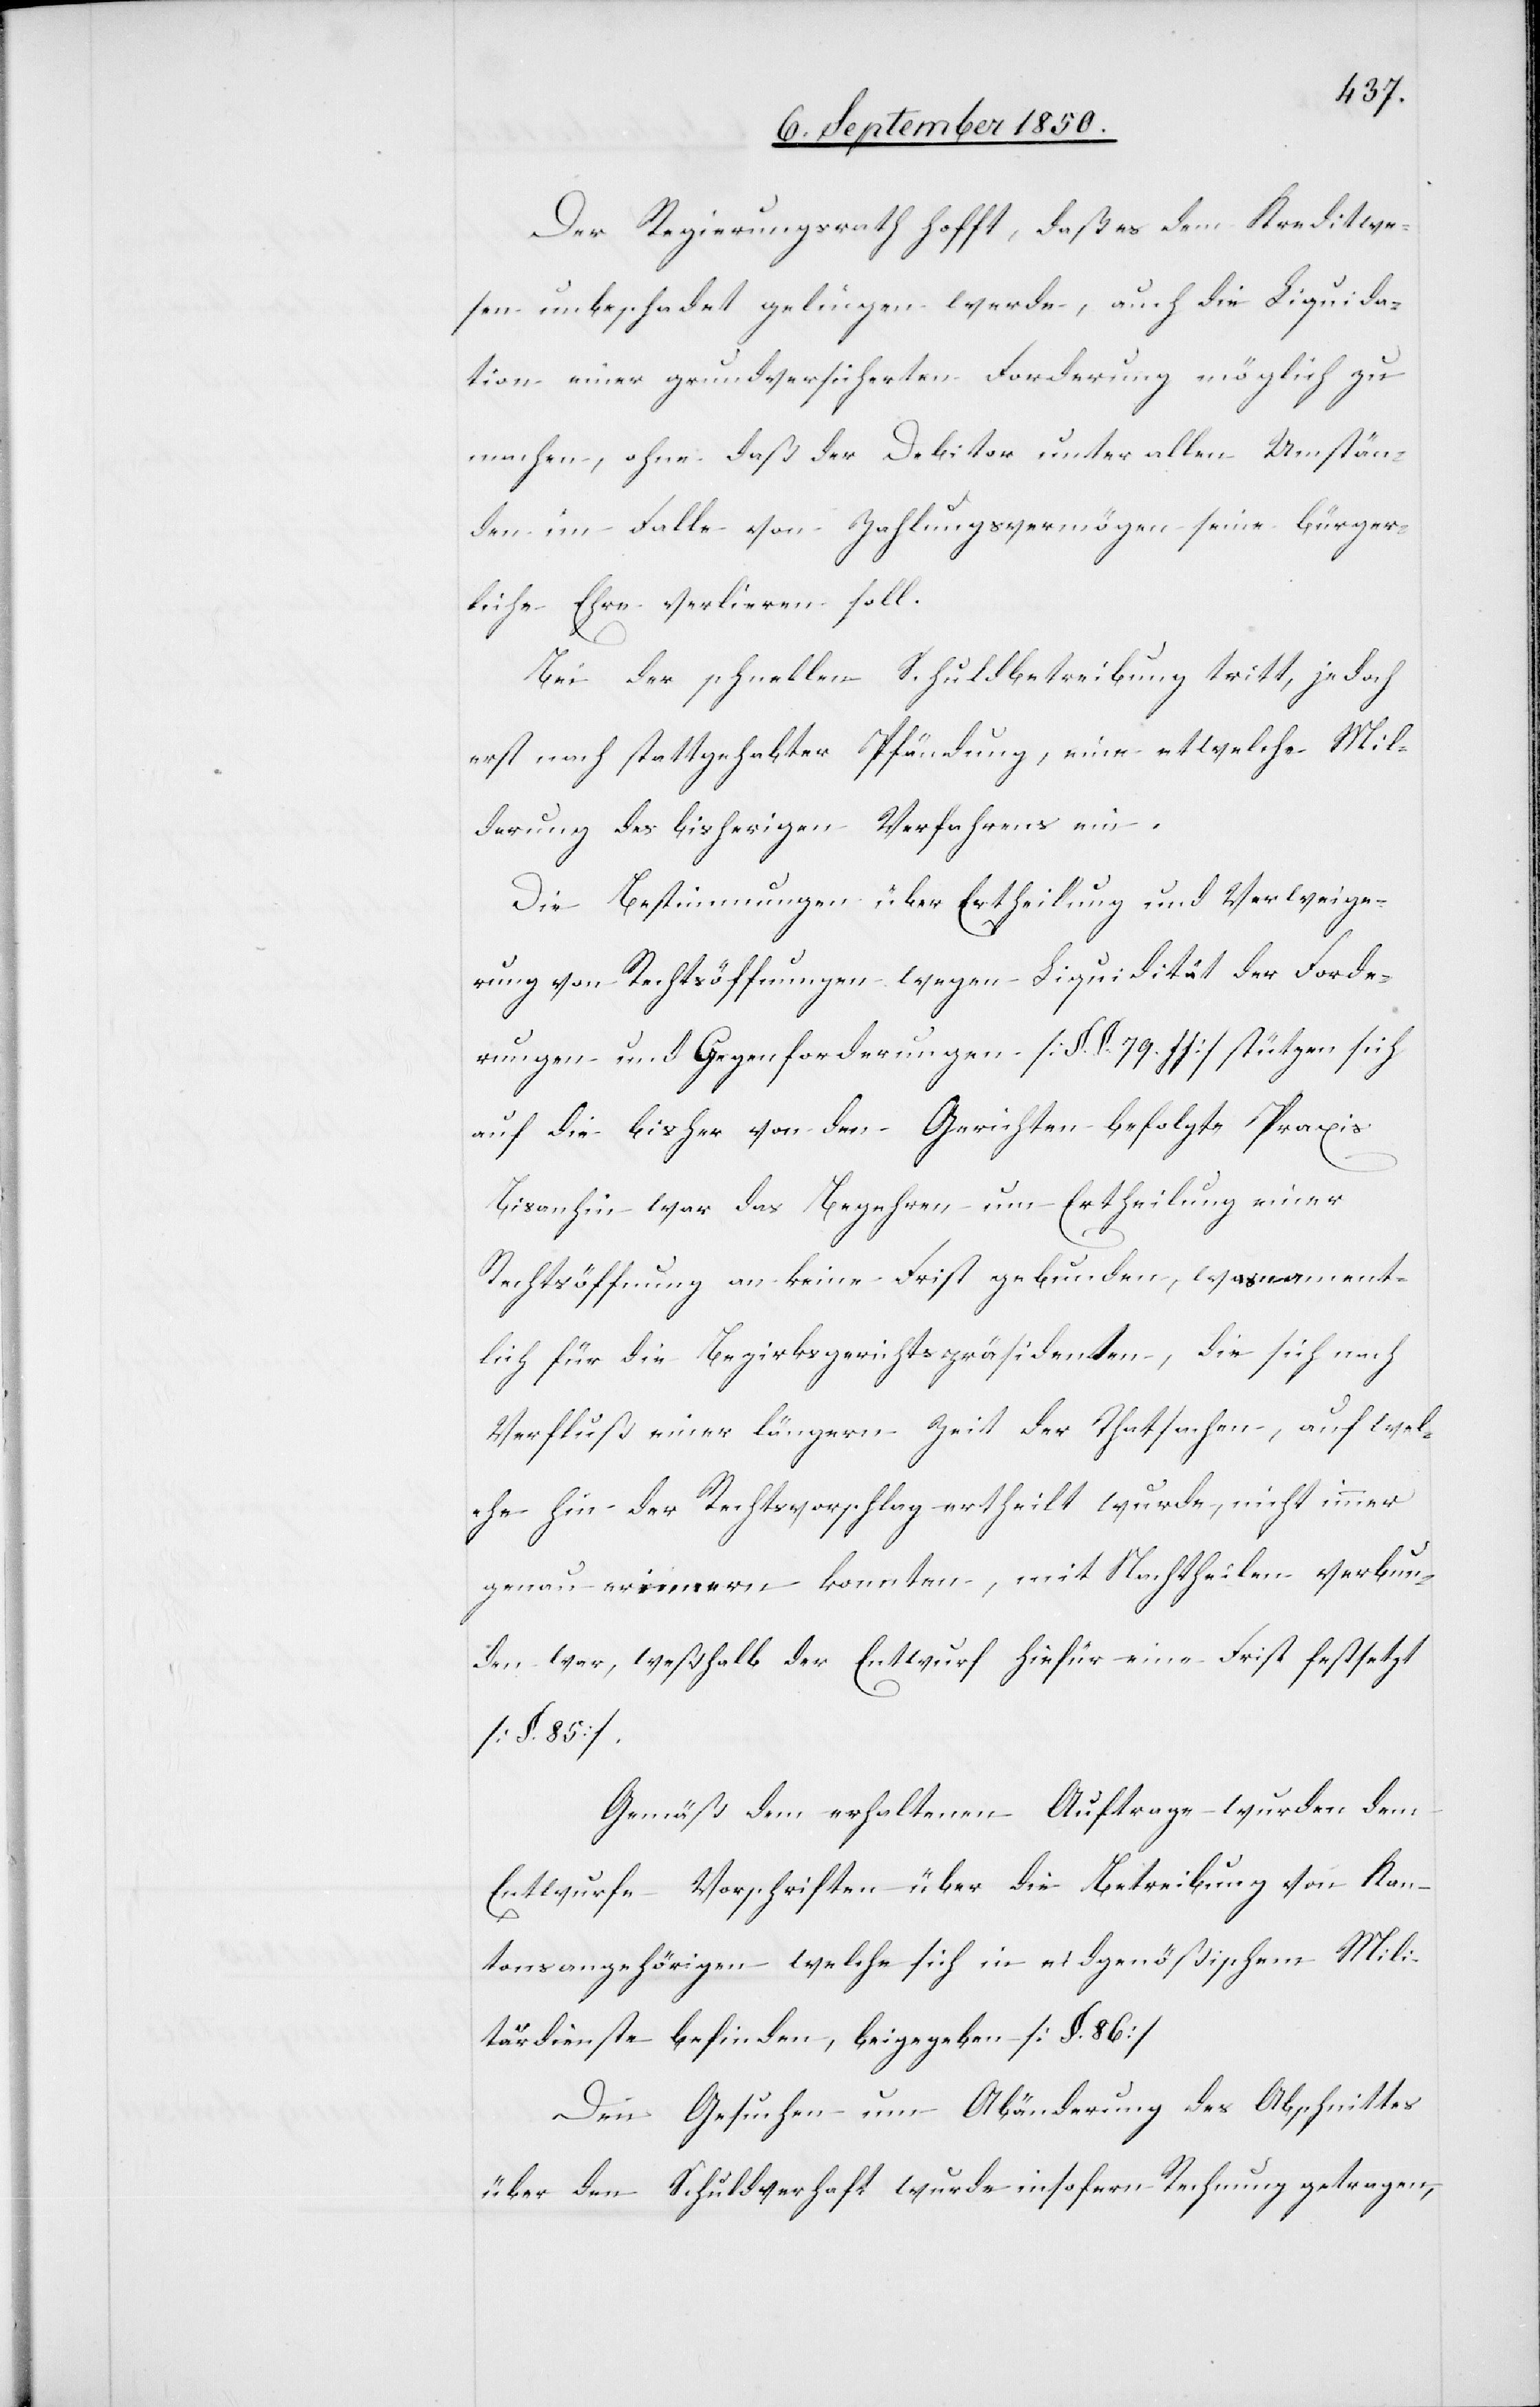
Der Regierungsrath hofft, daß es dem Kreditwe¬
sen unbeschadet gelingen werde, auch die Liquida¬
tion einer grundversicherten Forderung möglich zu
machen, ohne daß der Debitor unter allen Umstän¬
den im Falle von Zahlungsvermögen seine bürger¬
liche Ehre verlieren soll.
Bei der schnellen Schuldbetreibung tritt, jedoch
erst nach stattgehabter Pfändung, eine etwelche Mil¬
derung des bisherigen Verfahrens ein.
Die Bestimmungen über Ertheilung und Verweige¬
rung von Rechtsöffnungen wegen Liquidität der Forde¬
rungen und Gegenforderungen [§. §. 79. ff] stützen sich
auf die bisher von den Gerichten befolgte Praxis.
Bisanhin war das Begehren um Ertheilung einer
Rechtsöffnung an keine Frist gebunden, was nament¬
lich für die Bezirksgerichtspräsidenten, die sich nach
Verfluß einer längern Zeit der Thatsachen, auf wel¬
che hin der Rechtsvorschlag ertheilt wurde, nicht immer
genau erinnern konnten, mit Nachtheilen verbun¬
den war, weßhalb der Entwurf hiefür eine Frist festsetzt
[§. 85].
Gemäß dem erhaltenen Auftrage wurden dem
Entwurfe Vorschriften über die Betreibung von Kan¬
tonsangehörigen welche sich in eidgenößischem Mili¬
tärdienste befinden, beigegeben [§. 86]
Den Gesuchen um Abänderung des Abschnittes
über den Schuldverhaft wurde insofern Rechnung getragen,